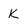
Character: k